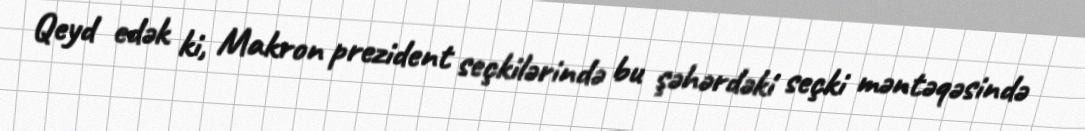
Qeyd edək ki, Makron prezident seçkilərində bu şəhərdəki seçki məntəqəsində